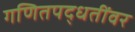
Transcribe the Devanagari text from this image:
गणितपद्धतींवर